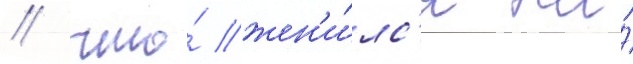
/ что́ жен'и́лс'я на́